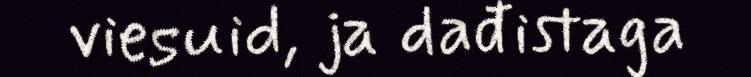
viesuid, ja dađistaga